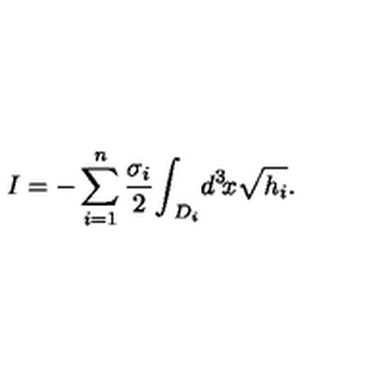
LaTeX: I = - \sum _ { i = 1 } ^ { n } { \frac { \sigma _ { i } } { 2 } } { \int } _ { \! \! D _ { i } } d ^ { 3 } \! x \sqrt { h _ { i } } .